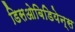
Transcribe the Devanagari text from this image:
डिसओबिडियेन्स